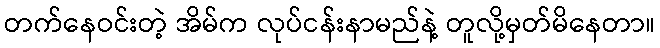
တက်နေဝင်းတဲ့ အိမ်က လုပ်ငန်းနာမည်နဲ့ တူလို့မှတ်မိနေတာ။